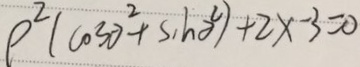
\rho ^ { 2 } ( \cos \theta ^ { 2 } + \sin \theta ^ { 2 } ) + 2 x - 3 = 0